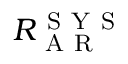
R _ { \mathrm { ~ A ~ R ~ } } ^ { \mathrm { ~ S ~ Y ~ S ~ } }